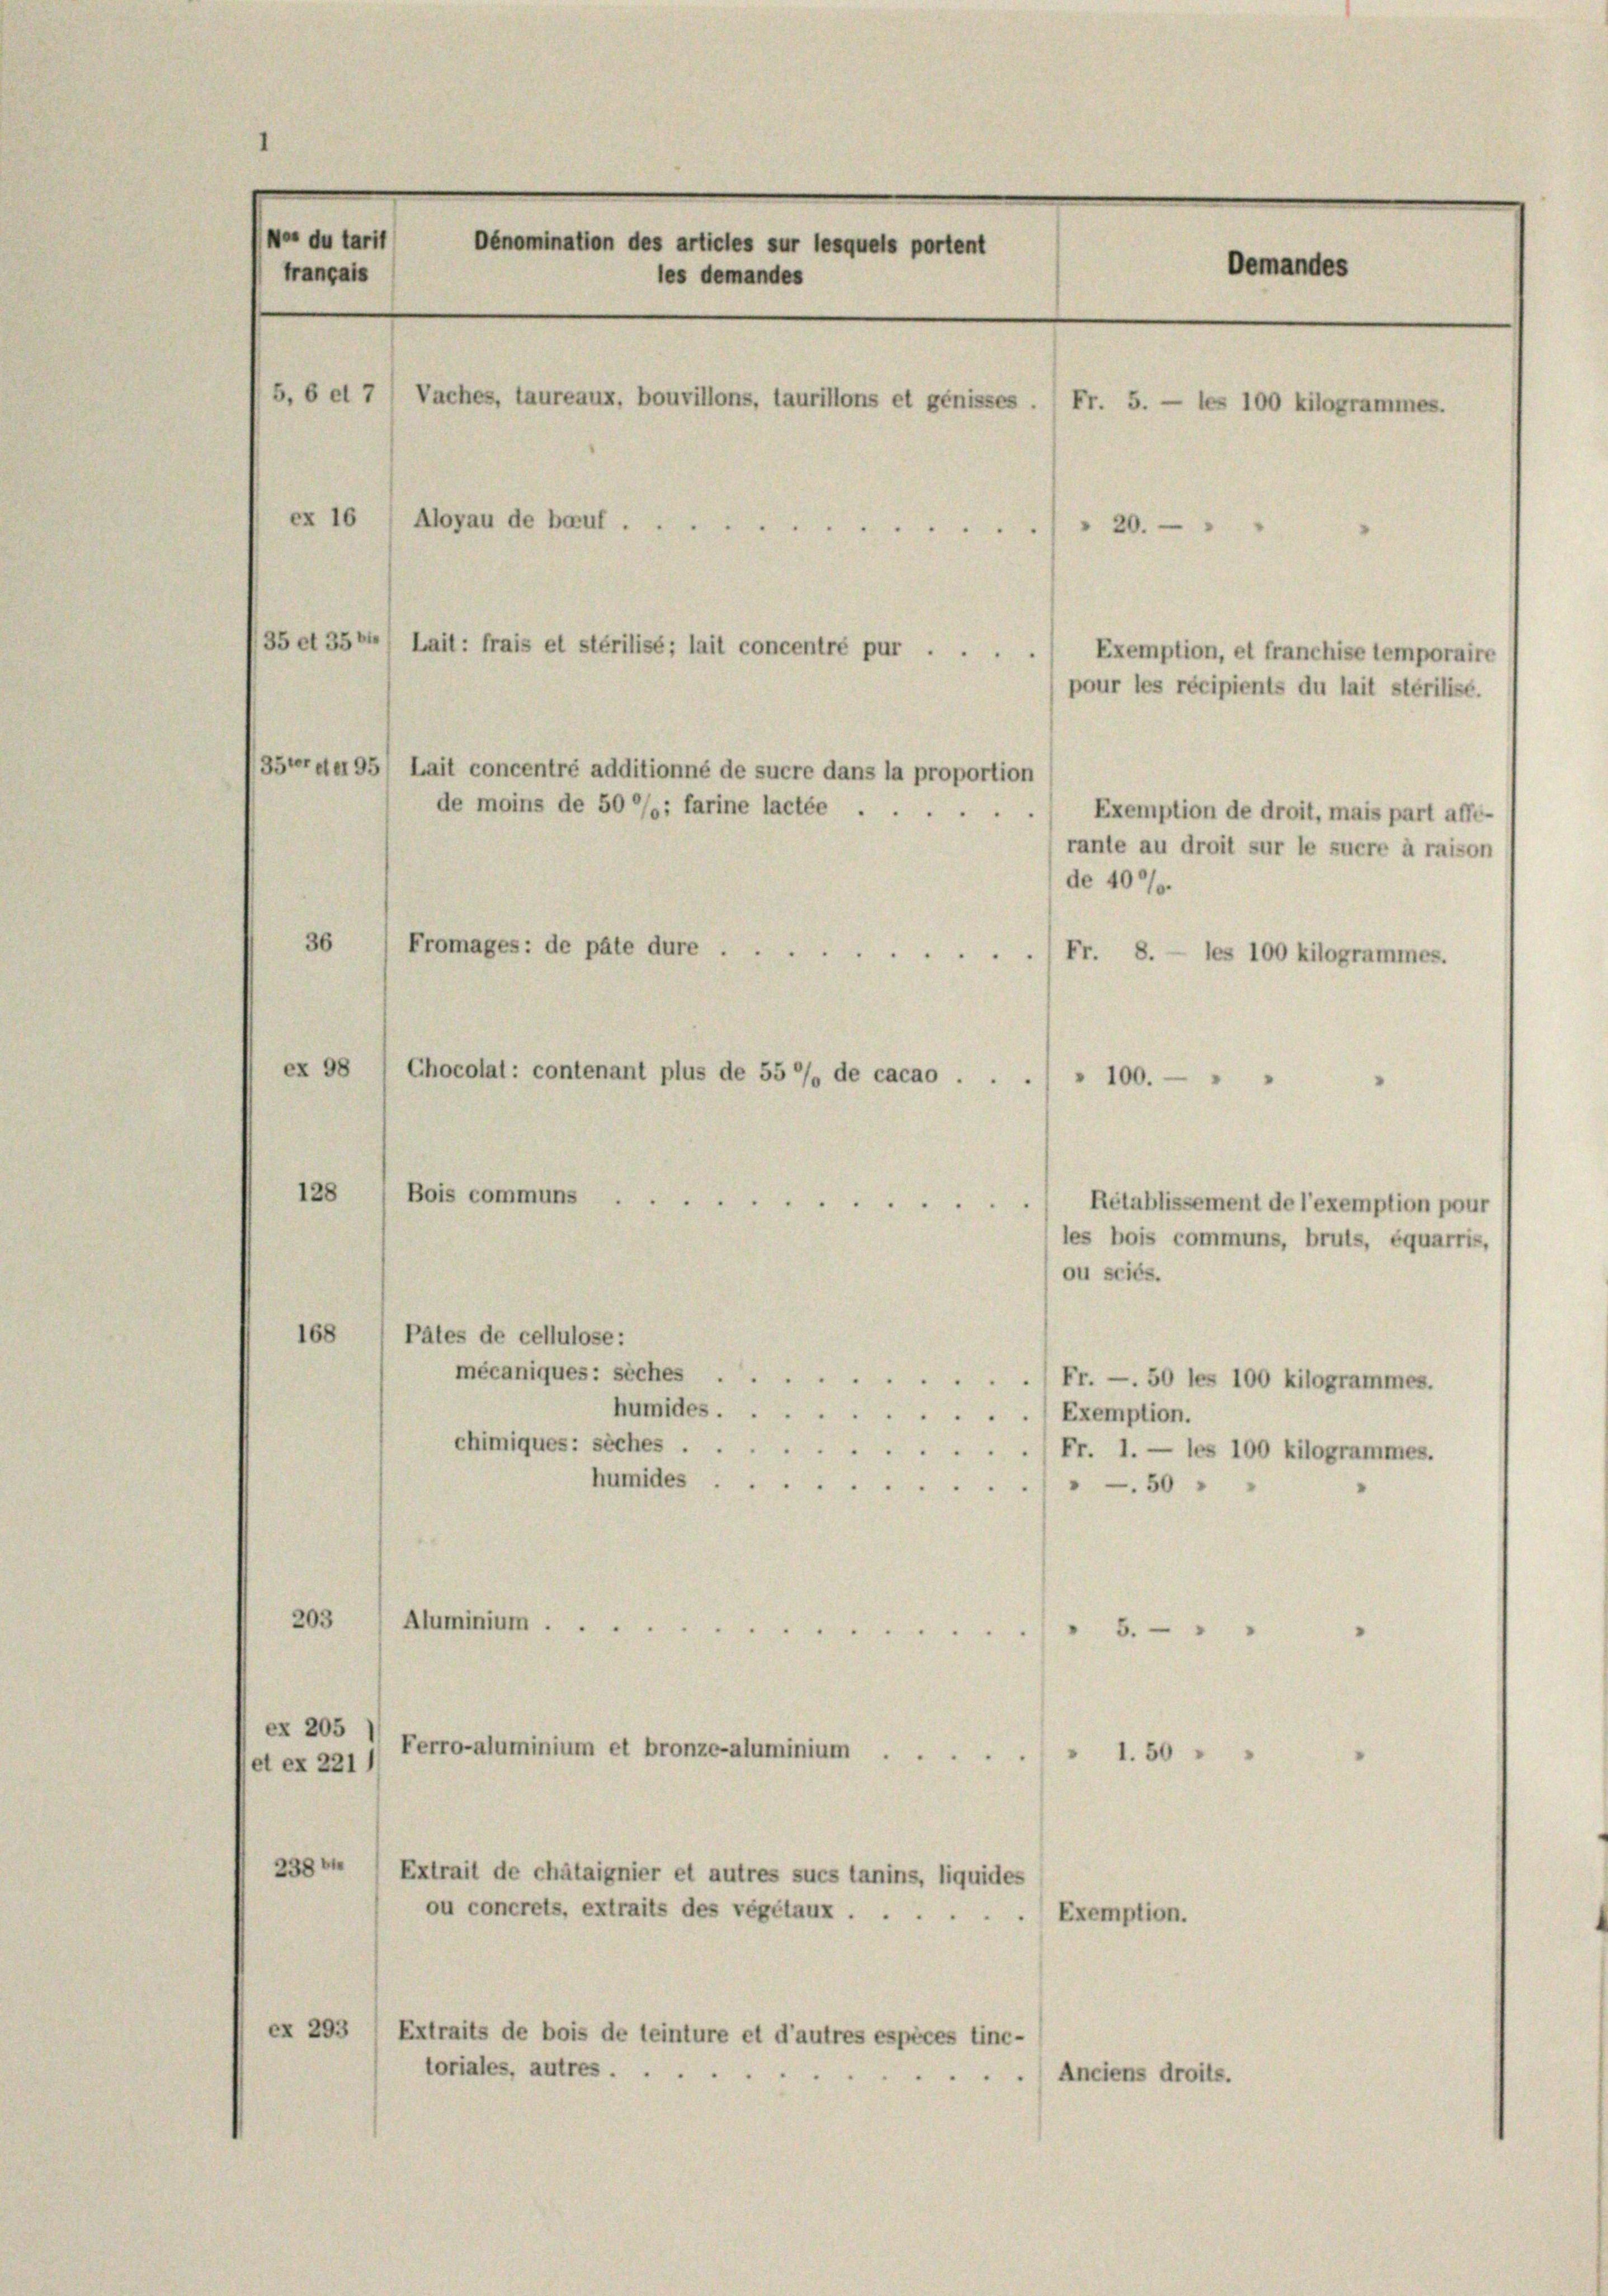
de moins de 50%%; farine lactée . .
Exemption de droit, mais part affi-
rante au droit sur le suere à raison
de 407.
36
Fromages: de pate dure. Fr. 8. — les 100 kilogrammes.
ex 98
Chocolat: contenant plus de 55 % de cacao . . .
" 100. " "
128
Bois communs

Rétablissement de l’exemption pour
les bois communs, bruts, équarris,
ou sciés.
168) Pates de cellulose:
mécaniques: siches Fr. — 50 les 100 kilogrammes.
humides Exemption.
chimiques: siches
Fr. 1. — les 100 kilogrammes.
humides. - 50
203
Aluminium
6. " "
ex 205
Perro-aluminium et bronze-aluminium. 1.50 "
et ex 221)
299 Extrait de châtaignier et autres sues tanins, liquides
ou concrets, extraits des vegetaux . . .
Exemption.
ex 293 Extraits de bois de leinture et d’autres espèces tinc-
toriales, autres.
.) Anciens droits.

Wer du tarit
Dénomination des articles sur lesquels portent
Demandes
français
les demandes
5, 6 d 7
Vaches, taureaux, bouvillons, tauritions et génisses.
ex 16
Aloyau de beruf
20.
35 et 35 bi
Lait: frais et sterilisé; lait concentré pur . . .
Exemption, et franchise temporaire
pour les récipients du lait sterilise.

35ter der 95) Lait concentré additionné de sucre dans la proportion

Fr. 5. — les 100 kilogrammes.